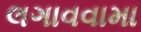
લગાવવામા